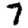
Digit: 7